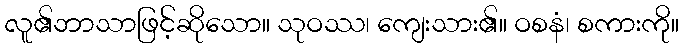
လူ၏ဘာသာဖြင့်ဆိုသော။ သုဝဿ၊ ကျေးသား၏။ ဝစနံ၊ စကားကို။